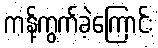
ကန့်ကွက်ခဲ့ကြောင်း